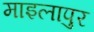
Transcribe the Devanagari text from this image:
माइलापुर